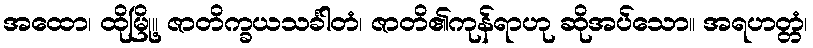
အထော၊ ထိုမြို့။ ဇာတိက္ခယသင်္ခါတံ၊ ဇာတိ၏ကုန်ရာဟု ဆိုအပ်သော။ အရဟတ္တံ၊